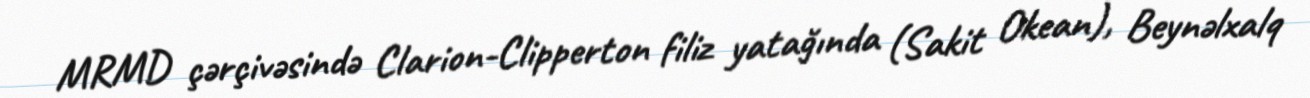
MRMD çərçivəsində Clarion-Clipperton filiz yatağında (Sakit Okean), Beynəlxalq